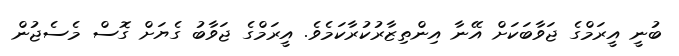
ބުނީ އީރަމްގެ ޖަވާބަކަށް އޭނާ އިންތިޒާރުކުރާކަމެވެ. އީރަމްގެ ޖަވާބު ގެޔަށް ގޮސް މެސެޖުން